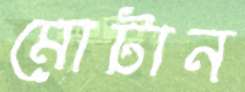
মোটান